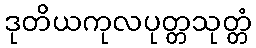
ဒုတိယကုလပုတ္တသုတ္တံ